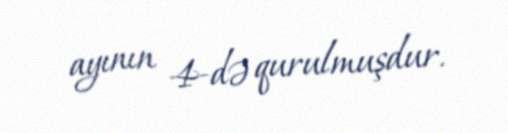
ayının 4-də qurulmuşdur.